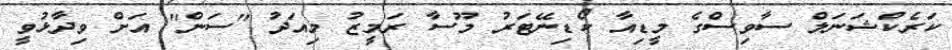
ކަރެކްޝަނަލް ސާވިސްގެ މީޑިއާ ކޯޑިނޭޓަރު މޫސާ ރަމީޒު މިއަދު "ސަން" އަށް ވިދާޅުވީ